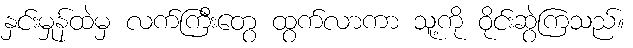
နှင်းမှုန်ထဲမှ လက်ကြီးတွေ ထွက်လာကာ သူ့ကို ဝိုင်းဆွဲကြသည်။